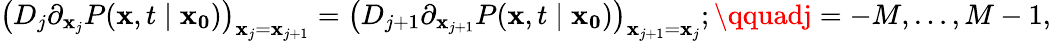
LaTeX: {\big(}D_{j}\partial_{\mathbf{x}_{j}}P(\mathbf{{\mathbf{x}}},t\mid\mathbf{{\mathbf{x}_{0}}}){\big)}_{\mathbf{x}_{j}=\mathbf{x}_{j+1}}={\big(}D_{j+1}\partial_{\mathbf{x}_{j+1}}P(\mathbf{{\mathbf{x}}},t\mid\mathbf{{\mathbf{x}_{0}}}){\big)}_{\mathbf{x}_{j+1}=\mathbf{x}_{j}};\qquadj=-M,\ldots,M-1,